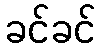
ခင်ခင်